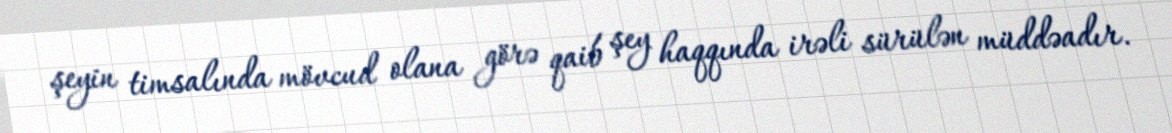
şeyin timsalında mövcud olana görə qaib şey haqqında irəli sürülən müddəadır.